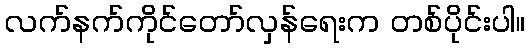
လက်နက်ကိုင်တော်လှန်ရေးက တစ်ပိုင်းပါ။